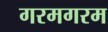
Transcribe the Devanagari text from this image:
गरमगरम